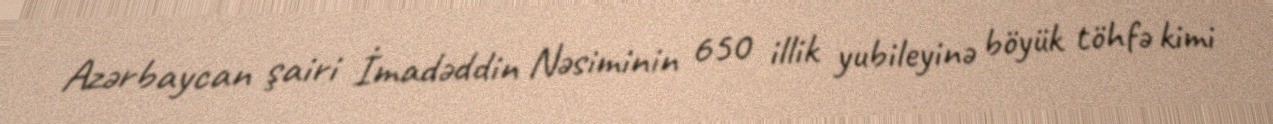
Azərbaycan şairi İmadəddin Nəsiminin 650 illik yubileyinə böyük töhfə kimi